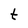
Character: t